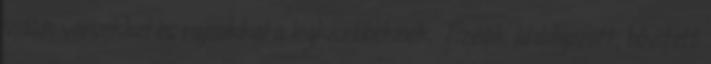
vidám versekkel és rajzokkal a legkisebbeknek. Tizedik átdolgozott, bővített